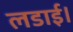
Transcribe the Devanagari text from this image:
लडाई।